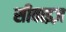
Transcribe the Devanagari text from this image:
सीवाइज़